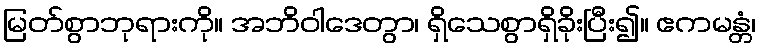
မြတ်စွာဘုရားကို။ အဘိဝါဒေတွာ၊ ရှိသေစွာရှိခိုးပြီး၍။ ဧကမန္တံ၊